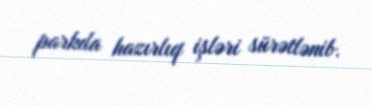
parkda hazırlıq işləri sürətlənib.